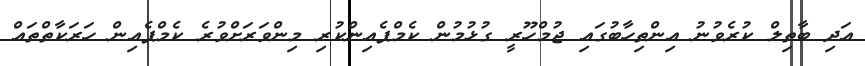
އަދި ބާތިލް ކުރެވުނު އިންތިހާބުގައި ޖުމްހޫރީ ގުޅުމުން ކެމްޕެއިންކުރި މިންވަރަށްވުރެ ކެމްޕެއިން ހަރަކާތްތައް